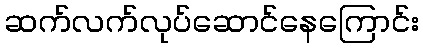
ဆက်လက်လုပ်ဆောင်နေကြောင်း